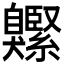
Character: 𦤱